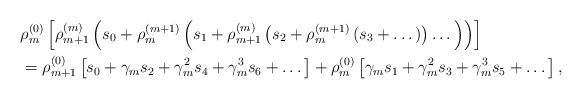
LaTeX: \begin{align*}{\ }&\rho_m^{(0)} \left[\rho_{m+1}^{(m)} \left(s_0+\rho_{m}^{(m+1)}\left(s_1+\rho_{m+1}^{(m)} \left(s_2+\rho_{m}^{(m+1)}\left(s_3+\dots \right)\right)\dots \right)\right)\right]\\ &=\rho_{m+1}^{(0)}\left[s_0+\gamma_m s_2 +\gamma_m^2 s_4+\gamma_m^3 s_6+\dots\right]+\rho_{m}^{(0)}\left[\gamma_m s_1+\gamma_m^2 s_3 +\gamma_m^3 s_5+\dots\right],\end{align*}